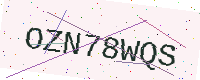
Text: OZN78WQS